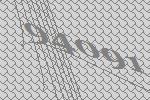
94091